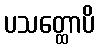
ပသတ္ထောပိ